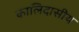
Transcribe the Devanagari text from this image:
कालिदासीय